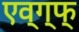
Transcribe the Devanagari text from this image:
एव्ग्फ्